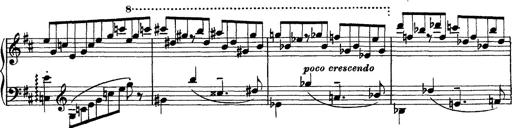
Title: Piano Sonata
Composer: Karl HÃ¤ssler
Key: C major